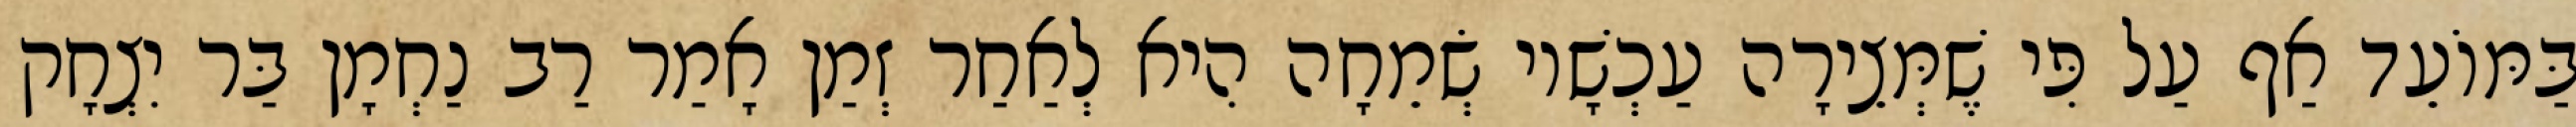
בַּמּוֹעֵד אַף עַל פִּי שֶׁמְּצֵירָה עַכְשָׁיו שְׂמֵחָה הִיא לְאַחַר זְמַן אָמַר רַב נַחְמָן בַּר יִצְחָק